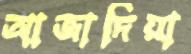
আজাদিয়া